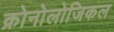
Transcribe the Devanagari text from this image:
क्रोनोलोजिकल